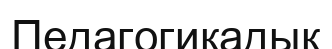
Педагогикадық